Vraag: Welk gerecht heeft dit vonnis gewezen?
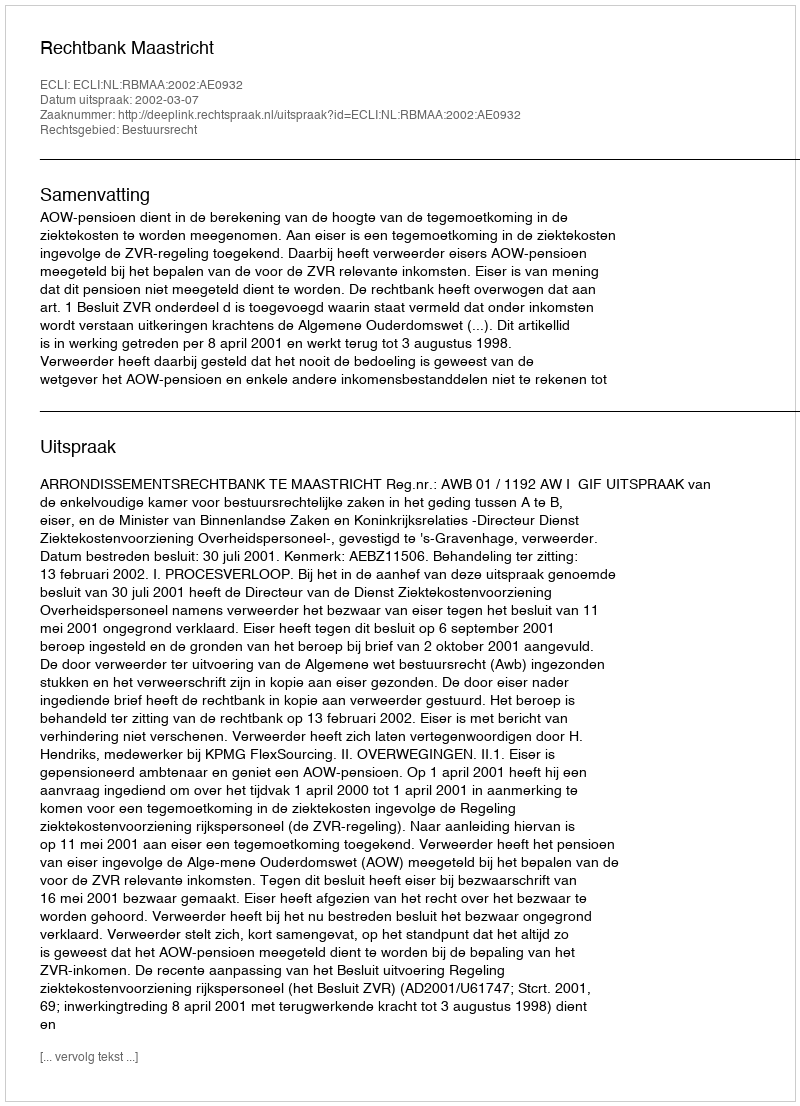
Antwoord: Rechtbank Maastricht